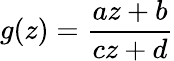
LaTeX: g(z)=\frac{az+b}{cz+d}